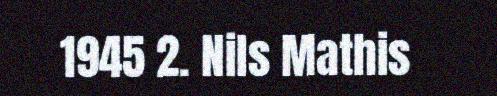
1945 2. Nils Mathis